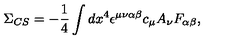
\Sigma _ { C S } = - \frac { 1 } { 4 } \int d x ^ { 4 } \epsilon ^ { \mu \nu \alpha \beta } c _ { \mu } A _ { \nu } F _ { \alpha \beta } ,